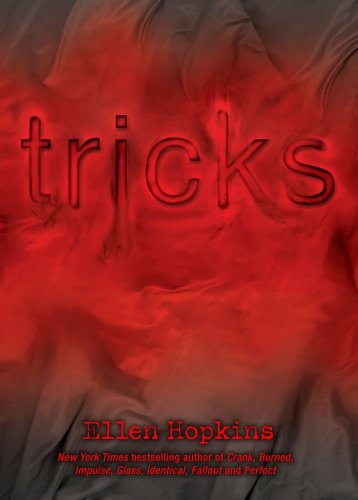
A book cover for Tricks; Ellen Hopkins; Literature & Fiction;